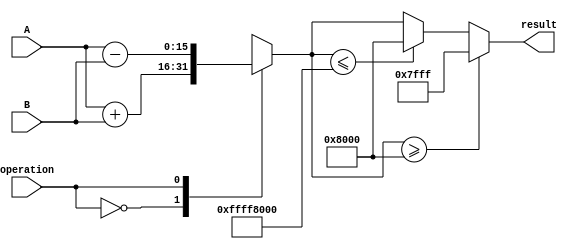
module HalfPrecisionFloatingPointUnit (
    input wire [15:0] A,
    input wire [15:0] B,
    input wire operation,
    output reg [15:0] result
);

reg [15:0] temp_result;

always @(*) begin
    case(operation)
        2'b00: temp_result = A + B; // Addition
        2'b01: temp_result = A - B; // Subtraction
        2'b10: temp_result = A * B; // Multiplication
        2'b11: temp_result = A / B; // Division
    endcase
end

always @(*) begin
    if (temp_result >= 32768) // Overflow check
        result = 32767;
    else if (temp_result <= -32768) // Underflow check
        result = -32768;
    else
        result = temp_result;
end

endmodule